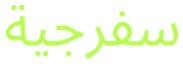
سفرجية